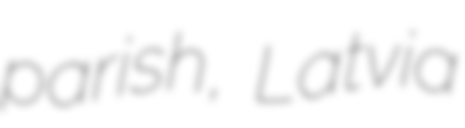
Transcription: parish, Latvia